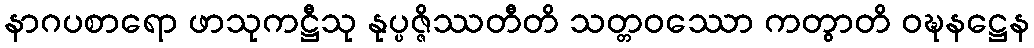
နာဂပစာရော ဖာသုကဋ္ဌီသု နုပ္ပဇ္ဇိဿတီတိ သတ္တဝဿော ကတွာတိ ဝဍ္ဎနဋ္ဌေန